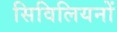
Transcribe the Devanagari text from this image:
सिविलियनों